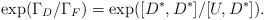
LaTeX: \begin{align*}\exp(\Gamma_D/\Gamma_F)=\exp([D^*,D^*]/[U,D^*]).\end{align*}